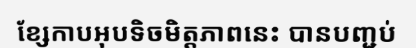
ខ្សែកាបអុបទិចមិត្តភាពនេះ បានបញ្ជប់